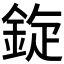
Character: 𫒡